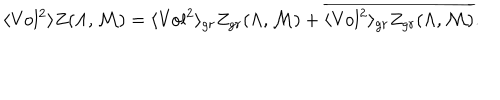
\langle \mathrm { V o l } ^ { 2 } \rangle Z ( \Lambda , { \cal M } ) = \langle \mathrm { V o l } ^ { 2 } \rangle _ { g r } Z _ { g r } ( \Lambda , { \cal M } ) + \overline { { { \langle \mathrm { V o l } ^ { 2 } \rangle _ { g r } Z _ { g r } ( \Lambda , { \cal M } ) } } } .